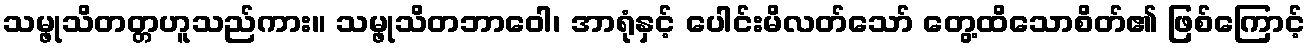
သမ္ဖုသိတတ္တဟူသည်ကား။ သမ္ဖုသိတဘာဝေါ၊ အာရုံနှင့် ပေါင်းမိလတ်သော် တွေ့ထိသောစိတ်၏ ဖြစ်ကြောင့်